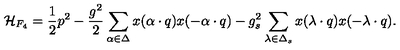
{ \cal H } _ { F _ { 4 } } = { \frac { 1 } { 2 } } p ^ { 2 } - { \frac { g ^ { 2 } } { 2 } } \sum _ { \alpha \in \Delta } x ( \alpha \cdot q ) x ( - \alpha \cdot q ) - { g _ { s } ^ { 2 } } \sum _ { \lambda \in \Delta _ { s } } x ( \lambda \cdot q ) x ( - \lambda \cdot q ) .